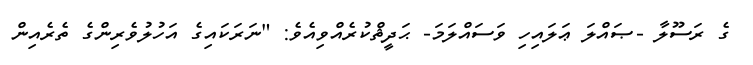
ގެ ރަސޫލާ -ޞައްލަ ޢަލައިހި ވަސައްލަމަ- ޙަދީޘްކުރެއްވިއެވެ: "ނަރަކައިގެ އަހުލުވެރިންގެ ތެރެއިން